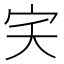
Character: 宎